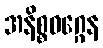
အနိစ္စဝဂ္ဂေန